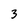
Character: 3